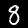
Label: 8